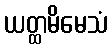
ယတ္ထမိမေသံ